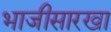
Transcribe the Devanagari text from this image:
भाजीसारखा